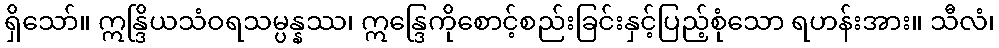
ရှိသော်။ ဣန္ဒြိယသံဝရသမ္ပန္နဿ၊ ဣန္ဒြေကိုစောင့်စည်းခြင်းနှင့်ပြည့်စုံသော ရဟန်းအား။ သီလံ၊